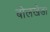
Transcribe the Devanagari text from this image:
बोलखेडा